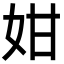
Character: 姏